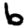
Digit: 6